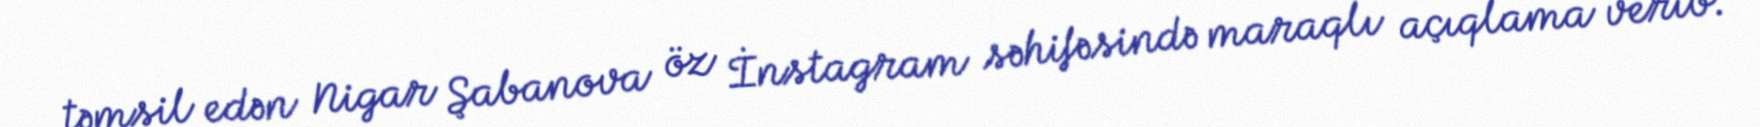
təmsil edən Nigar Şabanova öz İnstagram səhifəsində maraqlı açıqlama verib.